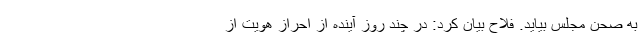
به صحن مجلس بیاید. فلاح بیان کرد: در چند روز آینده از احراز هویت از